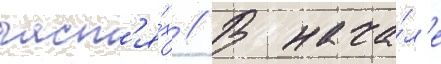
част'я́х // В нача́л'е